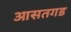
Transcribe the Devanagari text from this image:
आसतगड